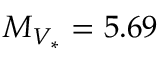
M _ { V _ { \ast } } = 5 . 6 9